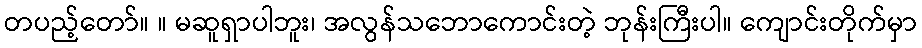
တပည့်တော်။ ။ မဆူရှာပါဘူး၊ အလွန်သဘောကောင်းတဲ့ ဘုန်းကြီးပါ။ ကျောင်းတိုက်မှာ